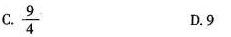
C.\frac{9}{4} D.9